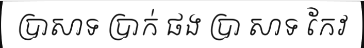
ប្រាសាទ ប្រាក់ ផង ប្រា សាទ កែវ